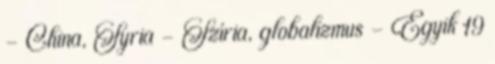
- China, Syria - Szíria, globalizmus - Egyik 19